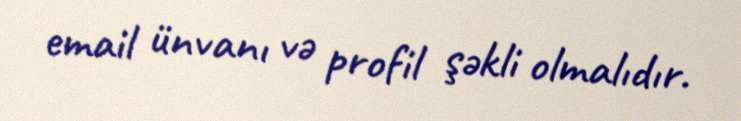
email ünvanı və profil şəkli olmalıdır.